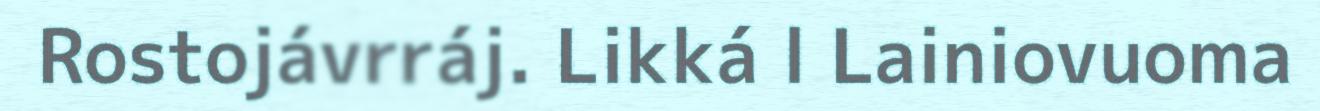
Rostojávrráj. Likká l Lainiovuoma